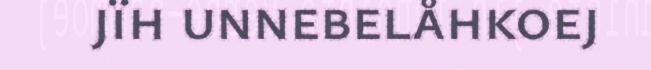
jïh unnebelåhkoej